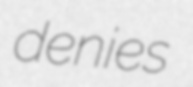
denies